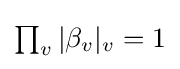
\textstyle \prod _{v}|\beta _{v}|_{v}=1